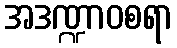
အဒဏ္ဍာဝစရာ